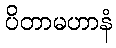
ပိတာမဟာနံ